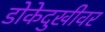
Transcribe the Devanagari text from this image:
डोकेदुखीवर